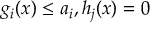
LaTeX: g _ { i } ( x ) \leq a _ { i } , h _ { j } ( x ) = 0